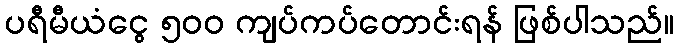
ပရီမီယံငွေ ၅၀၀ ကျပ်ကပ်တောင်းရန် ဖြစ်ပါသည်။